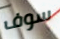
سوف